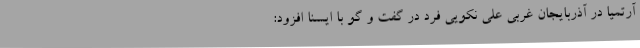
آرتمیا در آذربایجان غربی علی نکویی فرد در گفت و گو با ایسنا افزود: